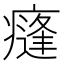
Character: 𭼣